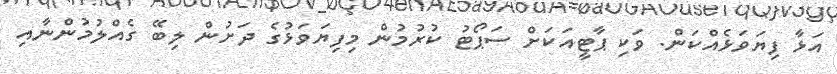
އަޅާ ފިޔަވަޅެއްކަން. ވަކި ޕާޓީއަކަށް ސަޕޯޓު ކުރުމުން މިފިޔަވަޅުގެ ދަށުން ލިބޭ ގެއްލުމުންނާއި